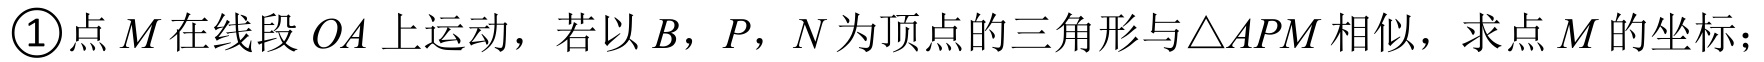
\textcircled{1}点\(M\)在线段\(OA\)上运动，若以\(B\)，\(P\)，\(N\)为顶点的三角形与\(\triangle APM\)相似，求点\(M\)的坐标；